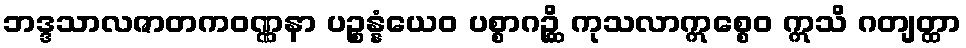
ဘဒ္ဒသာလဇာတကဝဏ္ဏနာ ပဉ္စန္နံယေဝ ပစ္စာဂဉ္ဆိ ကုသလာဣစ္စေဝ ဣသိ ဂတျတ္ထာ